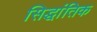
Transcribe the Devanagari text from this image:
सिद्धांतिक